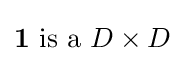
\mathbf {1} {\text{ is a }}D\times D